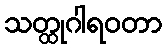
သတ္ထုဂါရဝတာ